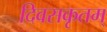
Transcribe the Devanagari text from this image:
दिवसकृतम्‌